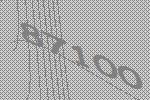
87100